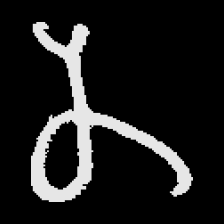
Pyu character \u2014 Myanmar letter: န (romanized: na)